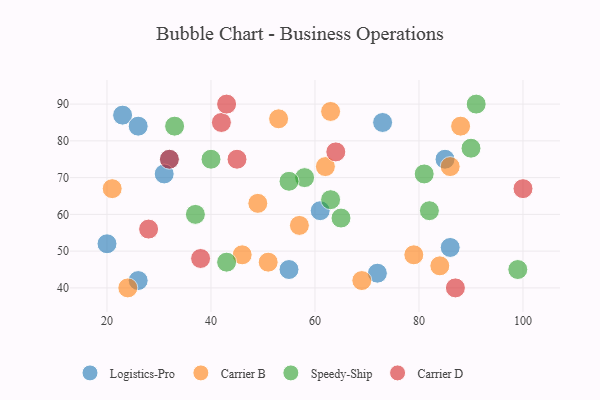
{"axis": {"x": "GDP", "y": "Life Expectancy"}, "legend": ["Carrier B", "Carrier D", "Logistics-Pro", "Speedy-Ship"], "data": [{"x": "85", "y": 75, "type": "Logistics-Pro"}, {"x": "73", "y": 85, "type": "Logistics-Pro"}, {"x": "32", "y": 75, "type": "Logistics-Pro"}, {"x": "23", "y": 87, "type": "Logistics-Pro"}, {"x": "86", "y": 51, "type": "Logistics-Pro"}, {"x": "26", "y": 42, "type": "Logistics-Pro"}, {"x": "72", "y": 44, "type": "Logistics-Pro"}, {"x": "26", "y": 84, "type": "Logistics-Pro"}, {"x": "31", "y": 71, "type": "Logistics-Pro"}, {"x": "61", "y": 61, "type": "Logistics-Pro"}, {"x": "20", "y": 52, "type": "Logistics-Pro"}, {"x": "55", "y": 45, "type": "Logistics-Pro"}, {"x": "69", "y": 42, "type": "Carrier B"}, {"x": "84", "y": 46, "type": "Carrier B"}, {"x": "57", "y": 57, "type": "Carrier B"}, {"x": "53", "y": 86, "type": "Carrier B"}, {"x": "24", "y": 40, "type": "Carrier B"}, {"x": "86", "y": 73, "type": "Carrier B"}, {"x": "51", "y": 47, "type": "Carrier B"}, {"x": "49", "y": 63, "type": "Carrier B"}, {"x": "62", "y": 73, "type": "Carrier B"}, {"x": "63", "y": 88, "type": "Carrier B"}, {"x": "79", "y": 49, "type": "Carrier B"}, {"x": "21", "y": 67, "type": "Carrier B"}, {"x": "46", "y": 49, "type": "Carrier B"}, {"x": "88", "y": 84, "type": "Carrier B"}, {"x": "40", "y": 75, "type": "Speedy-Ship"}, {"x": "82", "y": 61, "type": "Speedy-Ship"}, {"x": "43", "y": 47, "type": "Speedy-Ship"}, {"x": "99", "y": 45, "type": "Speedy-Ship"}, {"x": "65", "y": 59, "type": "Speedy-Ship"}, {"x": "90", "y": 78, "type": "Speedy-Ship"}, {"x": "58", "y": 70, "type": "Speedy-Ship"}, {"x": "63", "y": 64, "type": "Speedy-Ship"}, {"x": "91", "y": 90, "type": "Speedy-Ship"}, {"x": "37", "y": 60, "type": "Speedy-Ship"}, {"x": "81", "y": 71, "type": "Speedy-Ship"}, {"x": "55", "y": 69, "type": "Speedy-Ship"}, {"x": "33", "y": 84, "type": "Speedy-Ship"}, {"x": "45", "y": 75, "type": "Carrier D"}, {"x": "42", "y": 85, "type": "Carrier D"}, {"x": "87", "y": 40, "type": "Carrier D"}, {"x": "38", "y": 48, "type": "Carrier D"}, {"x": "28", "y": 56, "type": "Carrier D"}, {"x": "43", "y": 90, "type": "Carrier D"}, {"x": "100", "y": 67, "type": "Carrier D"}, {"x": "32", "y": 75, "type": "Carrier D"}, {"x": "64", "y": 77, "type": "Carrier D"}]}